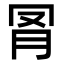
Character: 𦊌